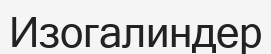
Изогалиндер